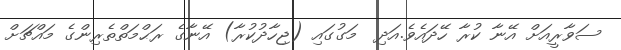
ސަވާރީއަށް އޭނާ ކުރާ ހޭދައެވެ.އަދި  މަގުގައި (ޖިހާދުކުރާ) އޭނާގެ ރަޙްމަތްތެރިންގެ މައްޗަށް